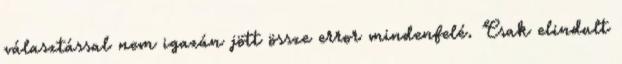
választással nem igazán jött össze error mindenfelé. Csak elindult